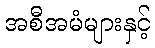
အစီအမံများနှင့်